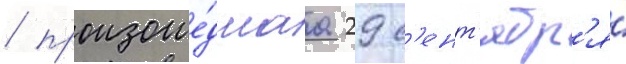
/ произоше́дшаа 29 с'ент'ябр'я́